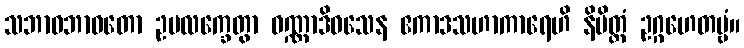
သဘာဝဘာဝတော ဥပလက္ခေတွာ ဝဏ္ဏာဒိဝသေန ဧကာဒသဟာကာရေဟိ နိမိတ္တံ ဥဂ္ဂဟေတဗ္ဗံ။